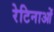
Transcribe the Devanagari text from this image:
रेटिनाओं